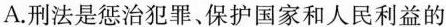
A. 刑法是惩治犯罪、保护国家和人民利益的